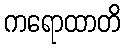
ကရောထာတိ